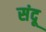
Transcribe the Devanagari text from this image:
संदू